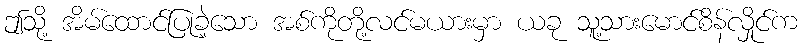
ဤသို့ အိမ်ထောင်ပြုခဲ့သော အစ်ကိုတို့လင်မယားမှာ ယခု သူ့သားမောင်စိန်လှိုင်က